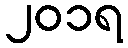
၂၀၁ရ